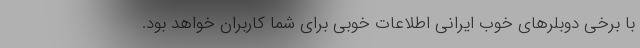
با برخی دوبلرهای خوب ایرانی اطلاعات خوبی برای شما کاربران خواهد بود.